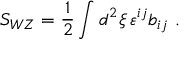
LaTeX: S _ { W Z } = { \frac { 1 } { 2 } } \int d ^ { 2 } \xi \, \varepsilon ^ { i j } b _ { i j } \ .